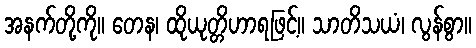
အနက်တို့ကို။ တေန၊ ထိုယုတ္တိဟာရဖြင့်။ သာတိသယံ၊ လွန်စွာ။